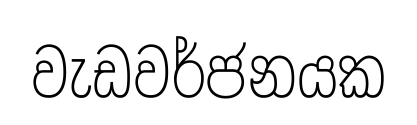
වැඩවර්ජනයක